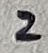
Text: 2